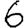
Digit: 6